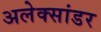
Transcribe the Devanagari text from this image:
अलेक्सांडर